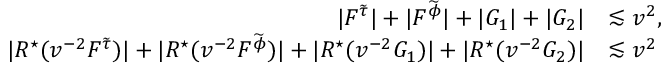
\begin{array} { r l } { | F ^ { { \widetilde { \tau } } } | + | F ^ { { \widetilde { \phi } } } | + | G _ { 1 } | + | G _ { 2 } | } & { \lesssim v ^ { 2 } , } \\ { | R ^ { \star } ( v ^ { - 2 } F ^ { { \widetilde { \tau } } } ) | + | R ^ { \star } ( v ^ { - 2 } F ^ { { \widetilde { \phi } } } ) | + | R ^ { \star } ( v ^ { - 2 } G _ { 1 } ) | + | R ^ { \star } ( v ^ { - 2 } G _ { 2 } ) | } & { \lesssim v ^ { 2 } } \end{array}